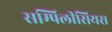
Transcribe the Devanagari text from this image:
सम्पिलीसियस